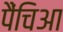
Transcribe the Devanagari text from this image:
पैंचिआ